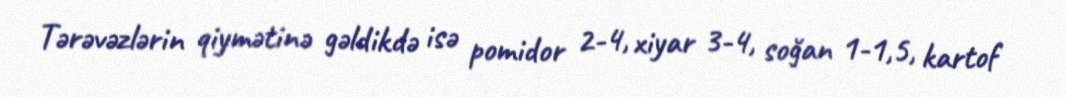
Tərəvəzlərin qiymətinə gəldikdə isə pomidor 2-4, xiyar 3-4, soğan 1-1,5, kartof